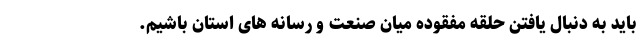
باید به دنبال یافتن حلقه مفقوده میان صنعت و رسانه های استان باشیم.